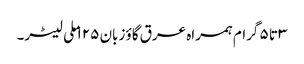
۳ تا ۵ گرام ہمراہ عرق گاؤ زبان ۱۲۵ ملی لیٹر۔